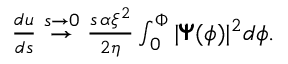
\begin{array} { r } { \frac { d u } { d s } \stackrel { s \to 0 } { \rightarrow } \frac { s \, \alpha \xi ^ { 2 } } { 2 \eta } \int _ { 0 } ^ { \Phi } | \pmb { \Psi } ( \phi ) | ^ { 2 } d \phi . } \end{array}